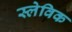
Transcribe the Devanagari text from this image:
स्लेविक